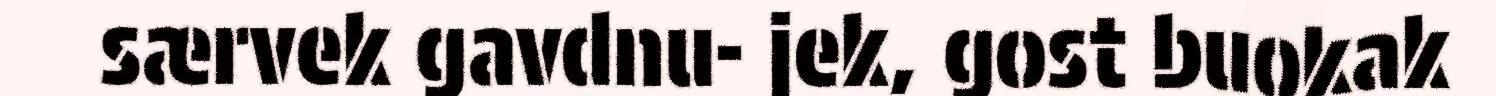
særvek gavdnu- jek, gost buokak